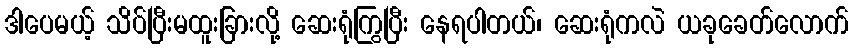
ဒါပေမယ့် သိပ်ပြီးမထူးခြားလို့ ဆေးရုံကြွပြီး နေရပါတယ်၊ ဆေးရုံကလဲ ယခုခေတ်လောက်